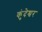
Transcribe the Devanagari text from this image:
कुंदेश्वर